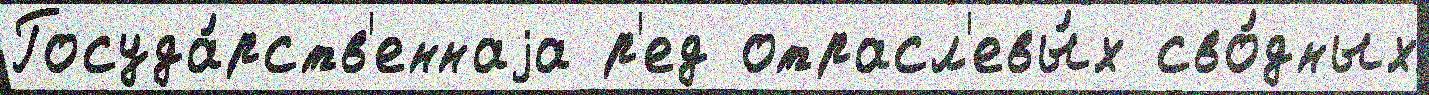
Госуда́рств'еннаjа р'ед отрасл'евы́х сво́дных